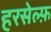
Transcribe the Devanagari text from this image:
हरसेल्फ़